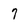
Character: 7